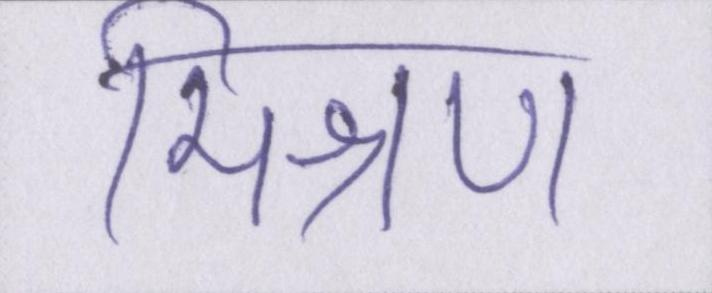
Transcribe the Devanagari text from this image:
मिश्रण